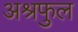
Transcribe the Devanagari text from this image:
अश्रफुल